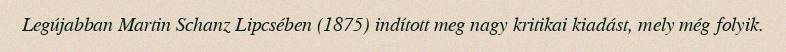
Legújabban Martin Schanz Lipcsében (1875) indított meg nagy kritikai kiadást, mely még folyik.